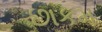
છાકમ